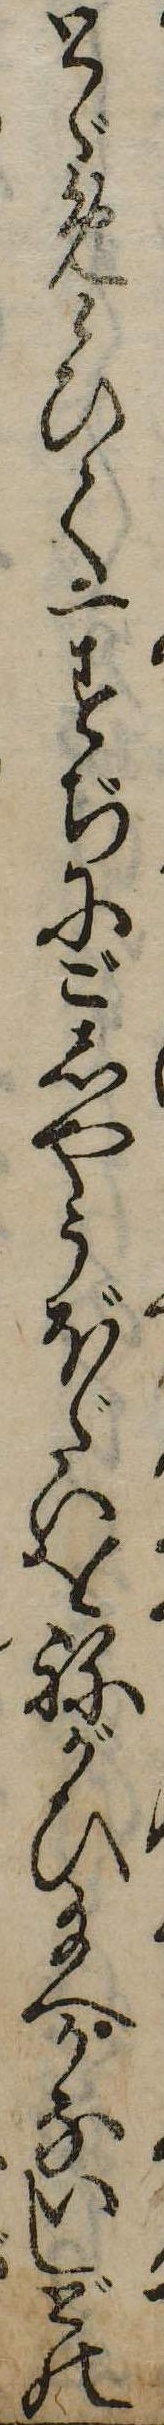
とゞめ候ひて一すぢにごしやうぼだいをねがひ給へかないしどの